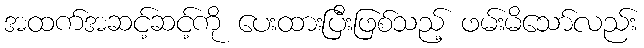
အထက်အဆင့်ဆင့်ကို ပေးထားပြီးဖြစ်သည့် ဖမ်းမိသော်လည်း